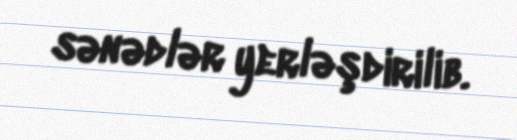
sənədlər yerləşdirilib.